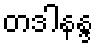
တဒါနန္ဒ